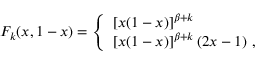
F _ { k } ( x , 1 - x ) = \left\{ \begin{array} { l } { { \left[ x ( 1 - x ) \right] ^ { \beta + k } } } \\ { { \left[ x ( 1 - x ) \right] ^ { \beta + k } ( 2 x - 1 ) \ , } } \end{array} \right.